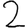
Digit: 2